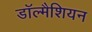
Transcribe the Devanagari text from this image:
डॉल्मैशियन